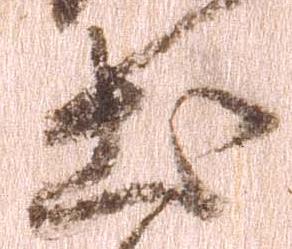
出